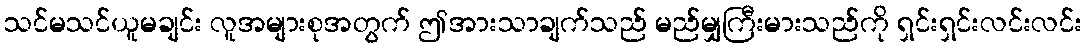
သင်မသင်ယူမချင်း လူအများစုအတွက် ဤအားသာချက်သည် မည်မျှကြီးမားသည်ကို ရှင်းရှင်းလင်းလင်း